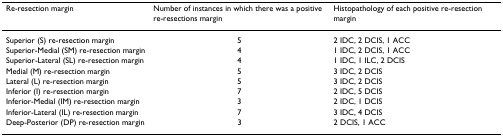
| Re-resection margin | Number of instances in which there was a positive re-resections margin | Histopathology of each positive re-resection margin |
 | --- | --- | --- |
 | Superior (S) re-resection margin | 5 | 2 IDC, 2 DCIS, 1 ACC |
 | Superior-Medial (SM) re-resection margin | 4 | 1 IDC, 2 DCIS, 1 ACC |
 | Superior-Lateral (SL) re-resection margin | 4 | 1 IDC, 1 ILC, 2 DCIS |
 | Medial (M) re-resection margin | 5 | 3 IDC, 2 DCIS |
 | Lateral (L) re-resection margin | 5 | 3 IDC, 2 DCIS |
 | Inferior (I) re-resection margin | 7 | 2 IDC, 5 DCIS |
 | Inferior-Medial (IM) re-resection margin | 3 | 2 IDC, 1 DCIS |
 | Inferior-Lateral (IL) re-resection margin | 7 | 3 IDC, 4 DCIS |
 | Deep-Posterior (DP) re-resection margin | 3 | 2 DCIS, 1 ACC |